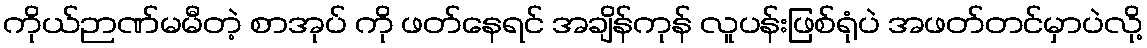
ကိုယ်ဉာဏ်မမီတဲ့ စာအုပ် ကို ဖတ်နေရင် အချိန်ကုန် လူပန်းဖြစ်ရုံပဲ အဖတ်တင်မှာပဲလို့